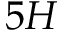
5 H